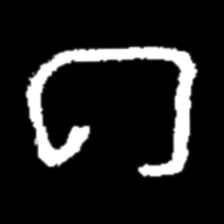
Pyu character \u2014 Myanmar letter: ဂ (romanized: ga)